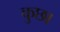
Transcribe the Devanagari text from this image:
कुछा